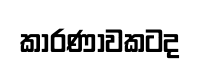
කාරණාවකටද